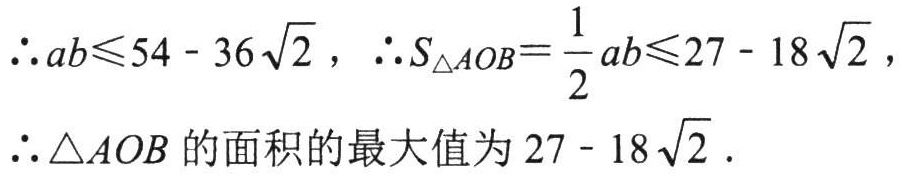
\(\therefore ab\leqslant54 - 36\sqrt{2}\)，\(\therefore S_{\triangle AOB}=\dfrac{1}{2}ab\leqslant27 - 18\sqrt{2}\)，
\(\therefore\triangle AOB\) 的面积的最大值为 \(27 - 18\sqrt{2}\)．